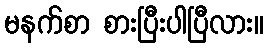
မနက်စာ စားပြီးပါပြီလား။